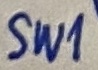
Text: SW1